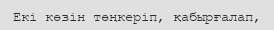
Екі көзін төңкеріп, қабырғалап,